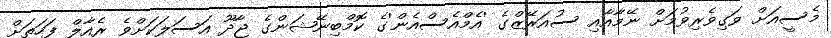
މެސީއަށް ވަގިވެރިވުމަށް ނޭމާއާއި ސުއަރޭޒްގެ 'އެމްއެސްއެން'ގެ ކޮމްބިނޭޝަންގެ ޖާދޫ އަސަލަކަށްވެ ރެއާލް ފަހަތަށް